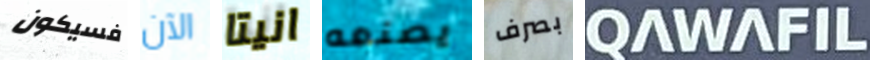
فسيكون الآن انيتا يصنعه بصرف QAWAFIL